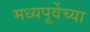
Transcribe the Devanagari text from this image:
मध्यपूर्वेच्या